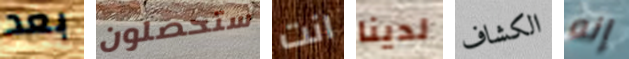
بعد ستحصلون انت لدينا الكشاف إنه